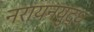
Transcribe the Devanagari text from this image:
नरायनयुद्ध